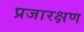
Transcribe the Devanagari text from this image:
प्रजारक्षण